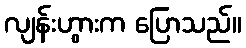
လျန်းဟွားက ပြောသည်။